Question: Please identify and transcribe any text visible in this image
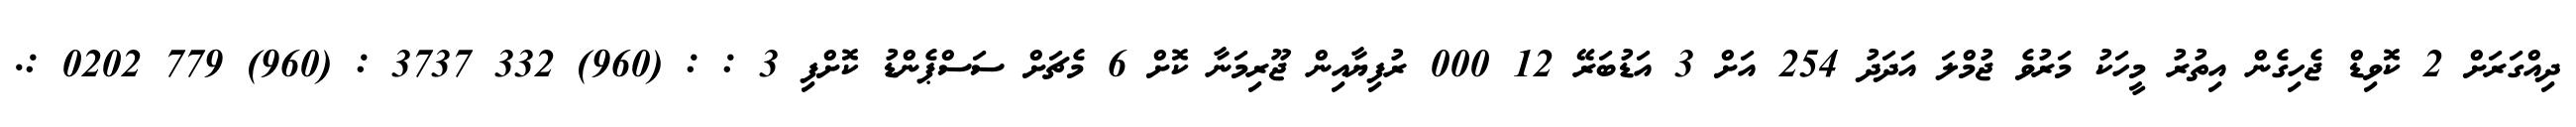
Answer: ދިއްގަރަށް 2 ކޮވިޑް ޖެހިގެން އިތުރު މީހަކު މަރުވެ ޖުމްލަ އަދަދު 254 އަށް 3 އަޑުބަރޭ 12 000 ރުފިޔާއިން ޖޫރިމަނާ ކޮށް 6 މެޗަށް ސަސްޕެންޑު ކޮށްފި 3 : : (960) 332 3737 : (960) 779 0202 :.